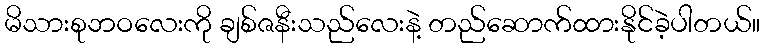
မိသားစုဘဝလေးကို ချစ်ဇနီးသည်လေးနဲ့ တည်ဆောက်ထားနိုင်ခဲ့ပါတယ်။